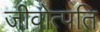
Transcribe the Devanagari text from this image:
जीवोत्पति